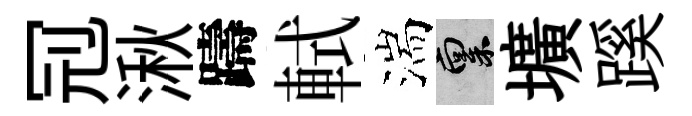
𠜍湫躊軾湍禀壙蹊